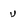
Character: u